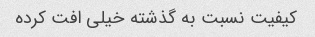
کیفیت نسبت به گذشته خیلی افت کرده